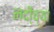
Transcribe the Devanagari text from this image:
नदी्च्या